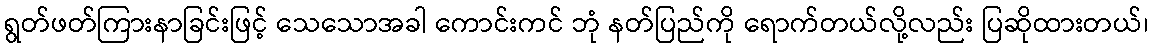
ရွတ်ဖတ်ကြားနာခြင်းဖြင့် သေသောအခါ ကောင်းကင် ဘုံ နတ်ပြည်ကို ရောက်တယ်လို့လည်း ပြဆိုထားတယ်၊